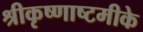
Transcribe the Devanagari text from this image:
श्रीकृष्णाष्टमीके